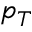
p _ { T }